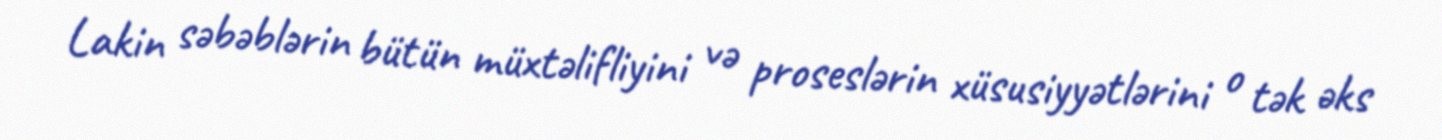
Lakin səbəblərin bütün müxtəlifliyini və proseslərin xüsusiyyətlərini o tək əks